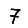
Digit: 7